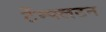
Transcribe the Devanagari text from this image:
टेंम्पलटन